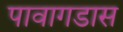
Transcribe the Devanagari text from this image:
पावागडास